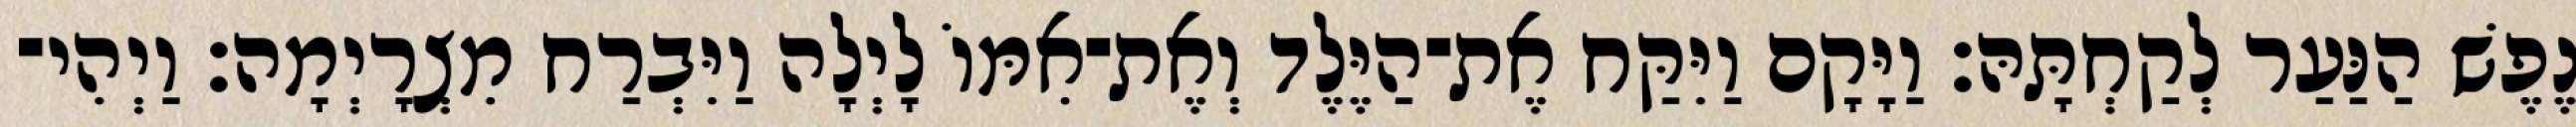
נֶפֶשׁ הַנַּעַר לְקַחְתָּהּ׃ וַיָּקָם וַיִּקַּח אֶת־הַיֶּלֶד וְאֶת־אִמּוֹ לָיְלָה וַיִּבְרַח מִצְרָיְמָה׃ וַיְהִי־